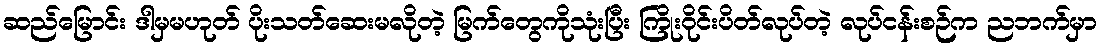
ဆည်မြောင်း ဒါမှမဟုတ် ပိုးသတ်ဆေးမလိုတဲ့ မြက်တွေကိုသုံးပြီး ကြိုးဝိုင်းပိတ်လုပ်တဲ့ လုပ်ငန်းစဉ်က ညဘက်မှာ